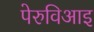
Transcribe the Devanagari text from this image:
पेरुविआइ